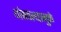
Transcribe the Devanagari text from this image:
थांबवल्यामुळे